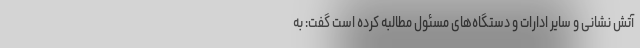
آتش نشانی و سایر ادارات و دستگاه‌های مسئول مطالبه کرده است گفت: به